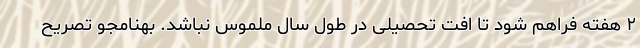
۲ هفته فراهم شود تا افت تحصیلی در طول سال ملموس نباشد. بهنامجو تصریح